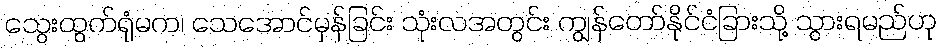
သွေးထွက်ရုံမက၊ သေအောင်မှန်ခြင်း သုံးလအတွင်း ကျွန်တော်နိုင်ငံခြားသို့ သွားရမည်ဟု